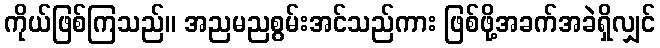
ကိုယ်ဖြစ်ကြသည်။ အညမညစွမ်းအင်သည်ကား ဖြစ်ဖို့အခက်အခဲရှိလျှင်